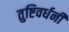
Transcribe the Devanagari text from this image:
तुष्टिवर्धनी